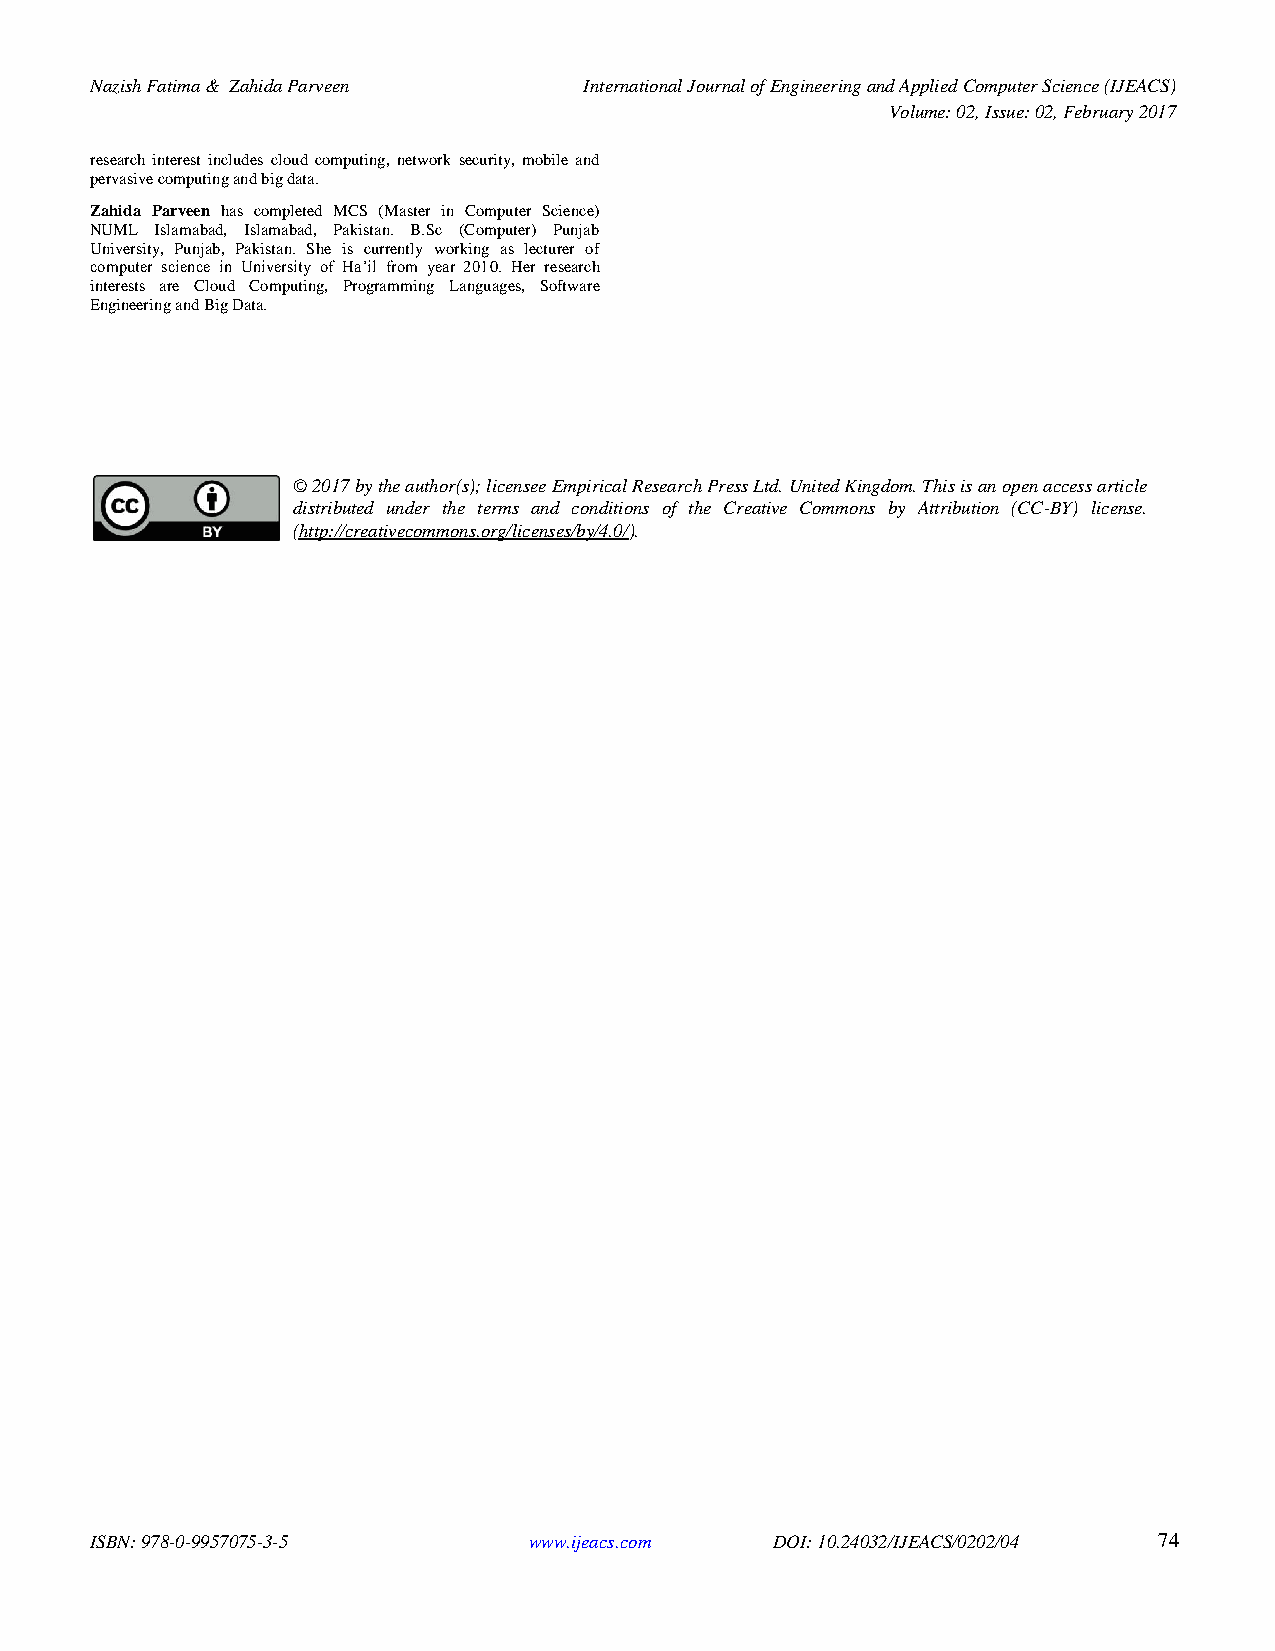
Nazish Fatima & Zahida Parveen   International Journal of Engineering and Applied Computer Science (IJEACS)
 Volume: 02, Issue: 02, February 2017
 research interest includes cloud computing, network security, mobile and
 pervasive computing and big data.
 Zahida Parveen has completed MCS (Master in Computer Science)
 NUML Islamabad, Islamabad, Pakistan. B.Sc (Computer) Punjab
 University, Punjab, Pakistan. She is currently working as lecturer of
 computer science in University of Ha’il from year 2010. Her research
 interests are Cloud Computing, Programming Languages, Software
 Engineering and Big Data.
 © 2017 by the author(s); licensee Empirical Research Press Ltd. United Kingdom. This is an open access article
 distributed under the terms and conditions of the Creative Commons by Attribution (CC-BY) license.
 (http://creativecommons.org/licenses/by/4.0/).
 ISBN: 978-0-9957075-3-5      www.ijeacs.com  DOI: 10.24032/IJEACS/0202/04 74